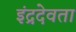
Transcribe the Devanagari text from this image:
इंद्रदेवता